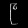
Digit: ၉